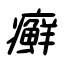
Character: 癬